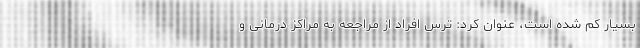
بسیار کم شده است، عنوان کرد: ترس افراد از مراجعه به مراکز درمانی و